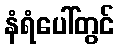
နံရံပေါ်တွင်